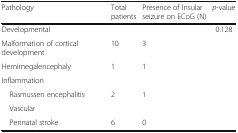
<table><thead><tr><td><b>Pathology</b></td><td><b>Total patients</b></td><td><b>Presence of Insular seizure on ECoG (N)</b></td><td><b><i>p</i>-value</b></td></tr></thead><tbody><tr><td>Developmental</td><td></td><td></td><td>0.128</td></tr><tr><td>Malformation of cortical development</td><td>10</td><td>3</td><td></td></tr><tr><td>Hemimegalencephaly</td><td>1</td><td>1</td><td></td></tr><tr><td colspan="4">Inflammation</td></tr><tr><td> Rasmussen encephalitis</td><td>2</td><td>1</td><td></td></tr><tr><td> Vascular</td><td></td><td></td><td></td></tr><tr><td> Perinatal stroke</td><td>6</td><td>0</td><td></td></tr></tbody></table>